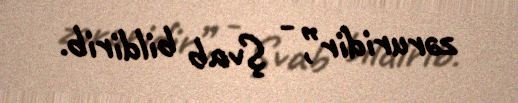
zəruridir”, - Şvab bildirib.